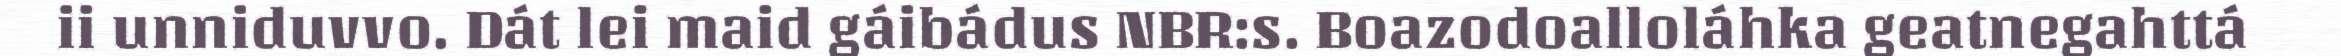
ii unniduvvo. Dát lei maid gáibádus NBR:s. Boazodoalloláhka geatnegahttá